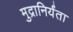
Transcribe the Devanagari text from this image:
मुद्रानिर्यंता